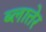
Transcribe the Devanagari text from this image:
ब्लात्तेर